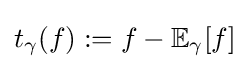
t_{\gamma }(f):=f-\mathbb {E} _{\gamma }[f]